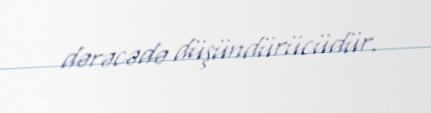
dərəcədə düşündürücüdür.